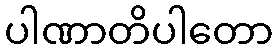
ပါဏာတိပါတော